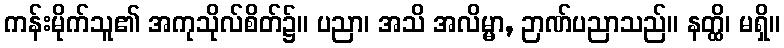
ကန်းမိုက်သူ၏ အကုသိုလ်စိတ်၌။ ပညာ၊ အသိ အလိမ္မာ, ဉာဏ်ပညာသည်။ နတ္ထိ၊ မရှိ။